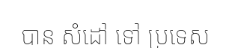
បាន សំដៅ ទៅ ប្រទេស